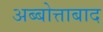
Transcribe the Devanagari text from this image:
अब्बोत्ताबाद